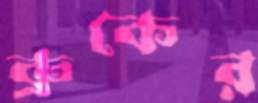
ব্রুকের